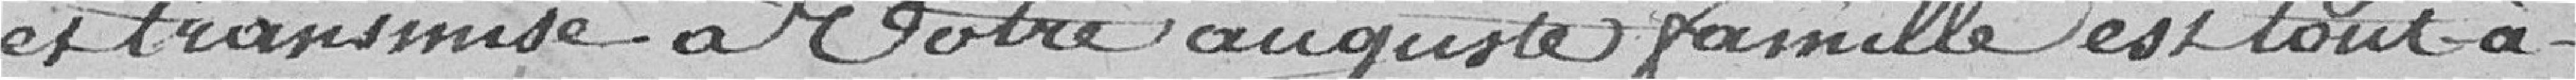
et transmise à votre auguste famille est tout à